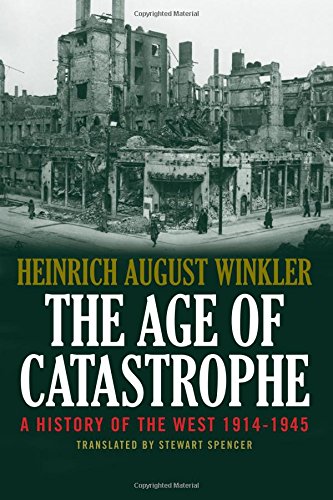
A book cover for The Age of Catastrophe: A History of the West 1914EE1945; Heinrich August Winkler; History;